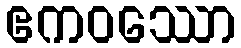
ဧကဝဿော